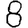
Digit: 8